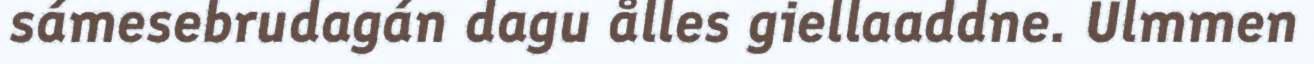
sámesebrudagán dagu ålles giellaaddne. Ulmmen